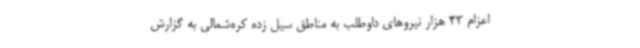
اعزام 43 هزار نیروهای داوطلب به مناطق سیل زده کره‌شمالی به گزارش